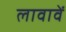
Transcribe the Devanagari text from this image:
लावावें